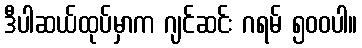
ဒီပါဆယ်ထုပ်မှာက ဂျင်ဆင်း ဂရမ် ၅၀၀ပါ။